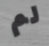
لم